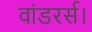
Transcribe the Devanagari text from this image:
वांडरर्स।